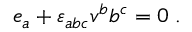
e _ { a } + { \varepsilon } _ { a b c } v ^ { b } b ^ { c } = 0 \; .